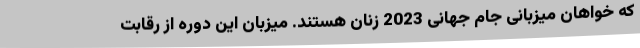
که خواهان میزبانی جام جهانی 2023 زنان هستند. میزبان این دوره از رقابت